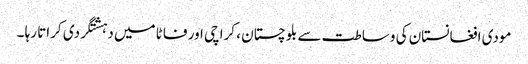
مودی افغانستان کی وساطت سے بلوچستان ، کراچی اور فاٹا میں دہشتگردی کراتا رہا ۔